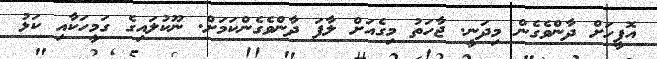
އޮފީހަށް ދާންވެގެން މިދަނީ. ޖާހަތު މިގެއަށް ލާފަ ދާންވެގެންކަމަށް. ނޫކުލައިގެ ގަމީހަކާއި ކަޅު